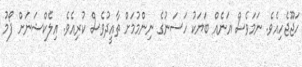
ހަޖޫޖެހިއެވެ. ނަމަވެސް އަނެއް ބަޔަކު ހަސަނުގެ ނިންމުމަށް ތާއީދުވެސް ކުރިއެވެ. އިލެކްޝަނަށް ފޯމު